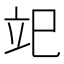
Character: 䇃